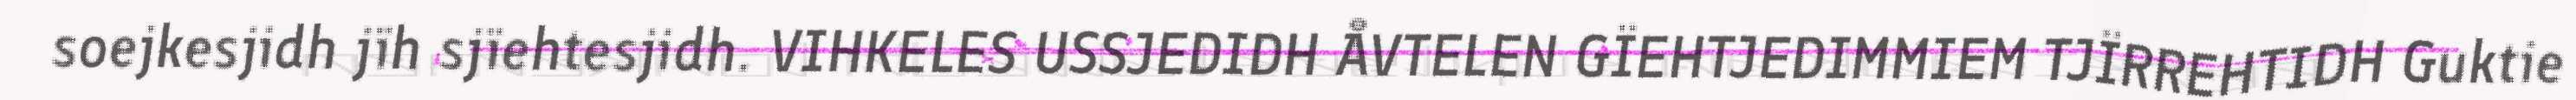
soejkesjidh jïh sjïehtesjidh. VIHKELES USSJEDIDH ÅVTELEN GÏEHTJEDIMMIEM TJÏRREHTIDH Guktie